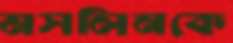
মসলিনকে